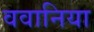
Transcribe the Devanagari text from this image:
ववानिया